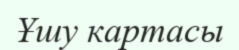
Ұшу картасы